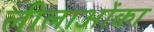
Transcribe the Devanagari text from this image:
लीलाओंका